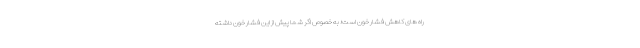
راه های کاهش فشار خون است؛ به خصوص اگر شما پیش از این فشار خون داشته